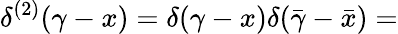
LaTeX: \delta^{(2)}(\gamma-x)=\delta(\gamma-x)\delta(\bar{\gamma}-\bar{x})=